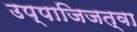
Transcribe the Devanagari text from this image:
उप्पाजिजत्वा